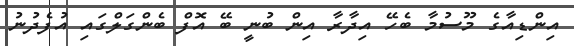
އިންޑިއާގެ މޫސުމާ ބެހޭ އިދާރާ އިން ބުނީ ބޭ އޮފް ބެންގަލްގައި އުފެދުނު